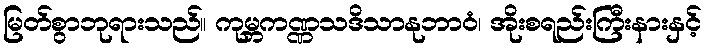
မြတ်စွာဘုရားသည်။ ကုမ္ဘကဏ္ဏသဒိသာနုဘာဝံ၊ အိုးစရည်းကြီးနားနှင့်